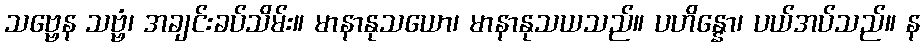
သဗ္ဗေန သဗ္ဗံ၊ အချင်းခပ်သိမ်း။ မာနာနုသယော၊ မာနာနုသယသည်။ ပဟိန္နော၊ ပယ်အပ်သည်။ န